Lunatic asylums Central Provinces reports 1910-1926 - 1910-1926
Year: 1910
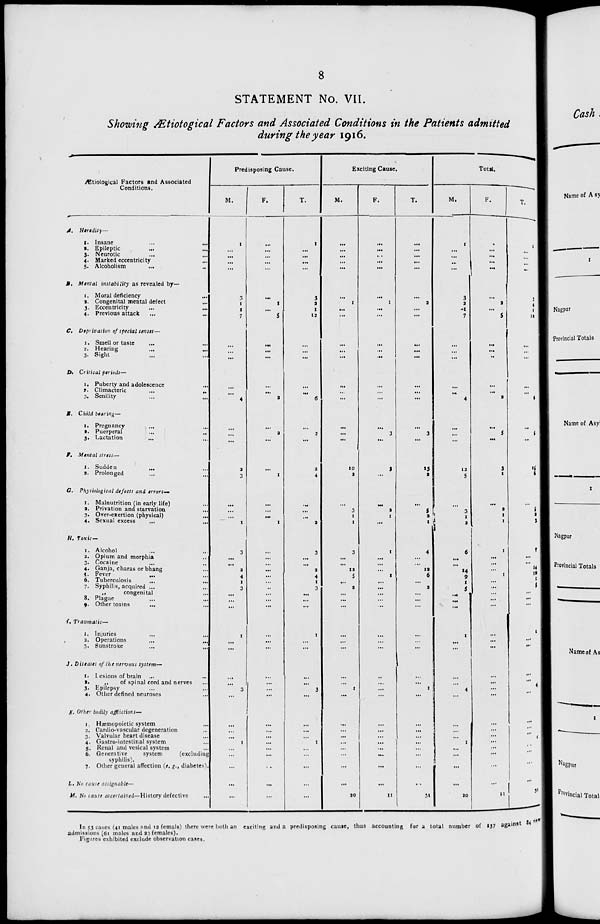
8
STATEMENT No. VII.
Showing Ætiological Factors and Associated Conditions in the Patients admitted
during the year 1916.
Ætiological Factors and Associated
Conditions.
A. Heredity—
1. Insane ... ...
2. Epileptic ... ...
3. Neurotic ... ...
4. Marked eccentricity ...
5. Alcoholism ... ...
B. Mental instability as revealed by—
1. Moral deficiency
...
2. Congenital mental defect ...
3. Eccentricity ... ...
4. Previous attack ... ...
C. Deprivation of special senses—
1. Smell or taste ... ...
2. Hearing
...
...
3. Sight ... ...
D. Critical periods—
1. Puberty and adolescence ...
2. Climacteric
...
...
3. Senility ... ...
E. Child bearing—
1. Pregnancy ... ...
2. Puerperal
...
...
3. Lactation ... ...
F. Mental stress—
1. Sudden ... ...
2. Prolonged ... ...
G. Physiological defects and errors—
1. Malnutrition (in early life) ...
2. Privation and starvation ...
3. Over-exertion (physical) ...
4. Sexual excess
... ...
H. Toxic—
1. Alcohol ... ...
2. Opium and morphia ...
3. Cocaine
...
...
4. Ganja, charas or bhang ...
5. Fever
...
...
6. Tuberculosis ... ...
7. Syphilis, acquired ... ...
„
congenital ...
8. Plague ... ...
9. Other toxins ... ...
I. Traumatic—
1. Injuries
...
...
3. Operations ... ...
3. Sunstroke
...
...
J. Diseases of the nervous system—
1. Lesions of brain ... ...
2.
„
of spinal cord and nerves ...
3. Epilepsy
...
...
4. Other defined neuroses ...
K. Other bodily afflictions—
1. Hæmopoietic system
...
2. Cardio-vascular degeneration ...
3. Valvular heart disease ...
4. Gastro-intestinal system ...
5. Renal and vesical system ...
6. Generative
system
(excluding
syphilis).
7. Other general affection (e. g., diabetes).
L. No cause assignable—
M. No cause ascertained—History defective ...
Predisposing Cause.
M.
1
...
...
...
...
3
1
1
7
...
...
...
...
...
4
...
...
...
2
3
...
...
...
1
3
...
...
2
4
4
3
...
...
...
1
...
...
...
...
3
...
...
...
...
1
...
...
...
...
...
F.
...
...
...
...
...
...
1
...
5
...
...
...
...
...
2
...
2
...
...
1
...
...
...
1
...
...
...
...
...
...
...
...
...
...
...
...
...
...
...
...
...
...
...
...
...
...
...
...
...
...
T.
1
...
...
...
...
3
2
1
12
...
...
...
...
...
6
...
2
...
2
4
...
...
...
2
3
...
...
2
4
4
3
...
...
...
1
...
...
...
...
3
...
...
...
...
1
...
...
...
...
...
Exciting Cause.
M.
...
...
...
...
...
...
1
...
...
...
...
...
...
...
...
...
...
...
10
2
...
3
1
1
3
...
...
12
5
...
2
...
...
...
...
...
...
...
...
1
...
...
...
...
...
...
...
...
...
20
F.
...
...
...
...
...
...
1
...
...
...
...
...
...
...
...
...
3
...
3
...
...
2
1
...
1
...
...
...
1
...
...
...
...
...
...
...
...
...
...
...
...
...
...
...
...
...
...
...
...
11
T.
...
...
...
...
...
...
2
...
...
...
...
...
...
...
...
...
3
...
13
2
...
5
2
1
4
...
...
12
6 ...
2
...
...
...
...
...
...
...
...
1
...
...
...
...
...
...
...
...
...
31
Total.
M.
1
...
...
...
...
3
2
1
7
...
...
...
...
...
4
...
...
...
12
5
...
3
...
2
6
...
...
14
9
1
...
...
...
...
1
...
...
...
...
4
...
...
...
...
1
...
...
...
...
20
F.
...
...
...
...
...
...
2
...
5
...
...
...
...
...
2
...
5
...
3
1
...
2
1
1
1
...
...
...
1
...
...
...
...
...
...
...
...
...
...
...
...
...
...
...
...
...
...
...
...
11
T.
1
...
...
...
...
3
4
1
12
...
...
...
...
...
6
...
5
...
15
6
...
5 1
3
7
...
...
14
10
1
...
...
...
...
1
...
...
...
...
4
...
...
...
...
1
...
...
...
...
31
In 53 cases (41 males and 12 femals) there were both an exciting and a predisposing cause, thus accounting for a total number of 137 against 34 nea
admissions (61 males and 23 females).
Figures exhibited exclude observation cases.